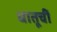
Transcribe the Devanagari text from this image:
धातूचीं